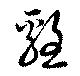
雞